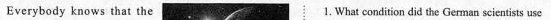
Everybody knows that the 1. What condition did the German scientists usc